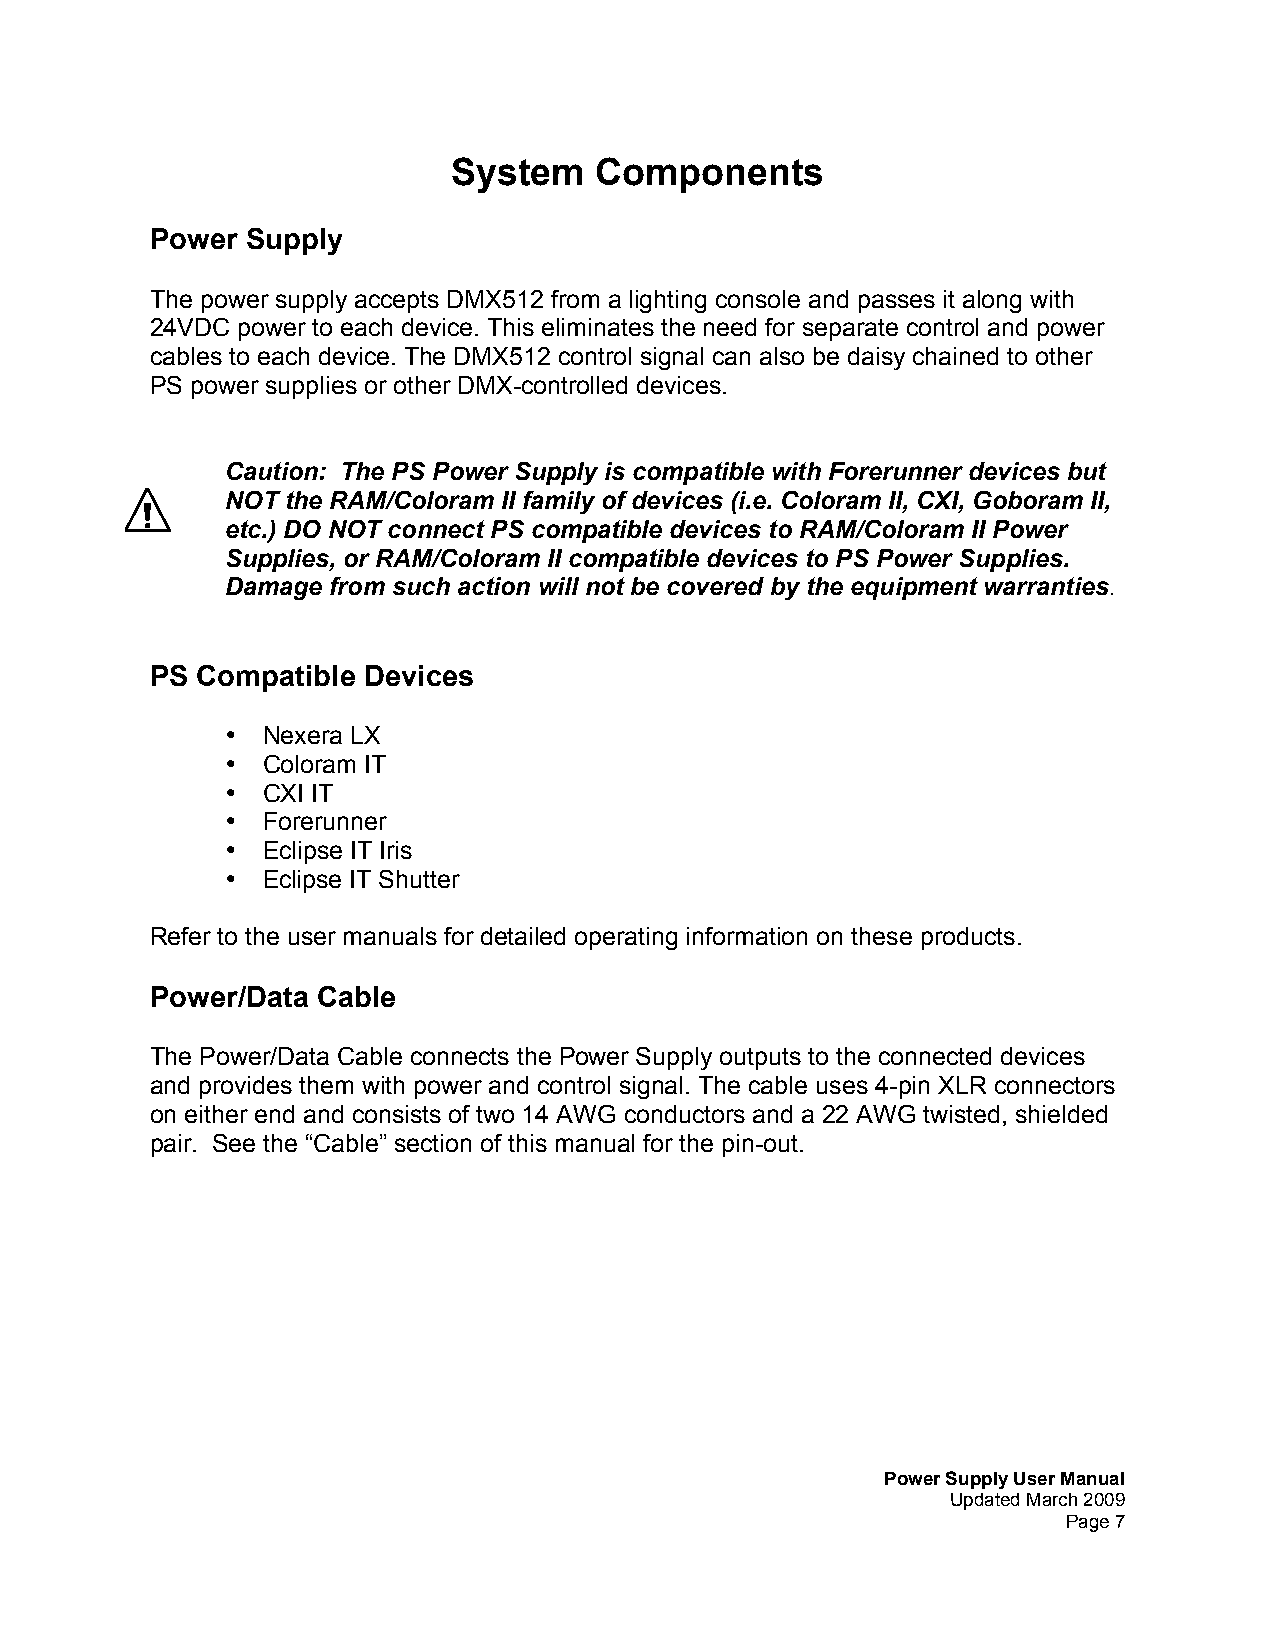
System   Components
 Power Supply
 The power supply accepts DMX512 from a lighting console and passes it along with
 24VDC power to each device. This eliminates the need for separate control and power
 cables to each device. The DMX512 control signal can also be daisy chained to other
 PS power supplies or other DMX-controlled devices.
 Caution: The PS Power Supply is compatible with Forerunner devices but
 NOT the RAM/Coloram II family of devices (i.e. Coloram II, CXI, Goboram II,
 etc.) DO NOT connect PS compatible devices to RAM/Coloram II Power
 Supplies, or RAM/Coloram II compatible devices to PS Power Supplies.
 Damage from such action will not be covered by the equipment warranties.
 PS Compatible Devices
 • Nexera LX
 • Coloram IT
 • CXI IT
 • Forerunner
 • Eclipse IT Iris
 • Eclipse IT Shutter
 Refer to the user manuals for detailed operating information on these products.
 Power/Data Cable
 The Power/Data Cable connects the Power Supply outputs to the connected devices
 and provides them with power and control signal. The cable uses 4-pin XLR connectors
 on either end and consists of two 14 AWG conductors and a 22 AWG twisted, shielded
 pair. See the “Cable” section of this manual for the pin-out.
 Power Supply User Manual
 Updated March 2009
 Page 7